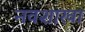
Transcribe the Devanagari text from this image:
नवशाखा